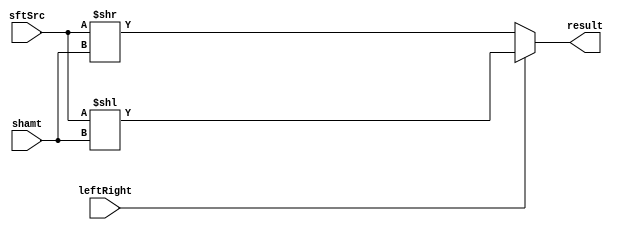
module Shifter( result, leftRight, shamt, sftSrc  );
    
  output wire[31:0] result;

  input wire leftRight;
  input wire[4:0] shamt;
  input wire[31:0] sftSrc ;
  
  assign result = leftRight? (sftSrc << shamt):(sftSrc >> shamt);
  	
endmodule